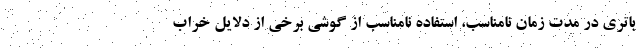
باتری در مدت زمان نامناسب، استفاده نامناسب از گوشی برخی از دلایل خراب